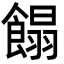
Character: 𩝣